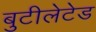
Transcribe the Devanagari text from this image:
बुटीलेटेड